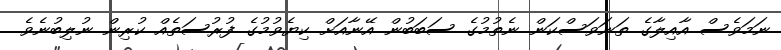
ނަމަވެސް އާއިލާގެ ތަނަވަސްކަން ނެތުމުގެ ސަބަބުން އޭނާއަށް ކިޔެވުމުގެ ފުރުސަތެއް ކުރިން ނުލިބުނެވެ.